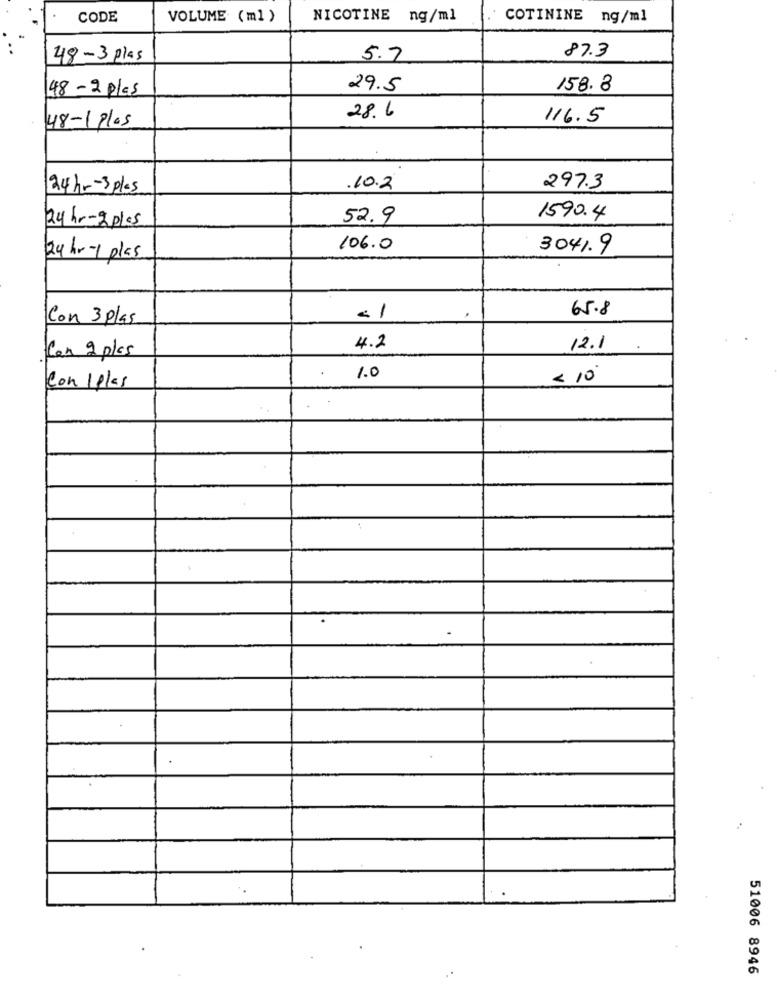
CODE
VOLUME (ml )
NICOTINE ng/ml
COTININE ng/ml
87.3
48-3 plas
5.7
48-2 plas
29.5
158.8
28.6
116.5
48-1 Plas
24hr-3plas
.10.2
297.3
52.9
1590.4
24 hr-20105
106.0
3041.9
24hr-1 plas
.
65.8
Con 3 plas
<1
.Con 2 plcs
4.2
12.1
Con Iplas
1.0
< 10
51006 8946